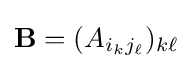
\mathbf {B} =(A_{i_{k}j_{\ell }})_{k\ell }